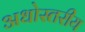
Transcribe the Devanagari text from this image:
अधोस्तरीय